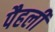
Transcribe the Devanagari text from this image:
पैहली